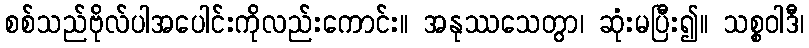
စစ်သည်ဗိုလ်ပါအပေါင်းကိုလည်းကောင်း။ အနုဿသေတွာ၊ ဆုံးမပြီး၍။ သစ္စဝါဒီ၊